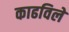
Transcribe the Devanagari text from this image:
काढविले